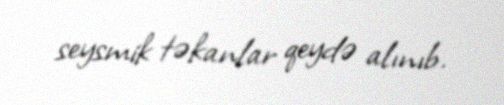
seysmik təkanlar qeydə alınıb.